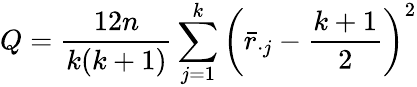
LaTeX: Q={\frac{12n}{k(k+1)}}\sum_{j=1}^{k}\left({\bar{r}}_{\cdot j}-{\frac{k+1}{2}}\right)^{2}